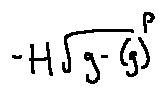
- H \sqrt { g - ( g ) } ^ { P }